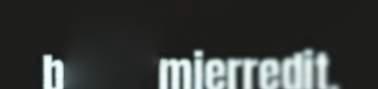
baktu mierredit.